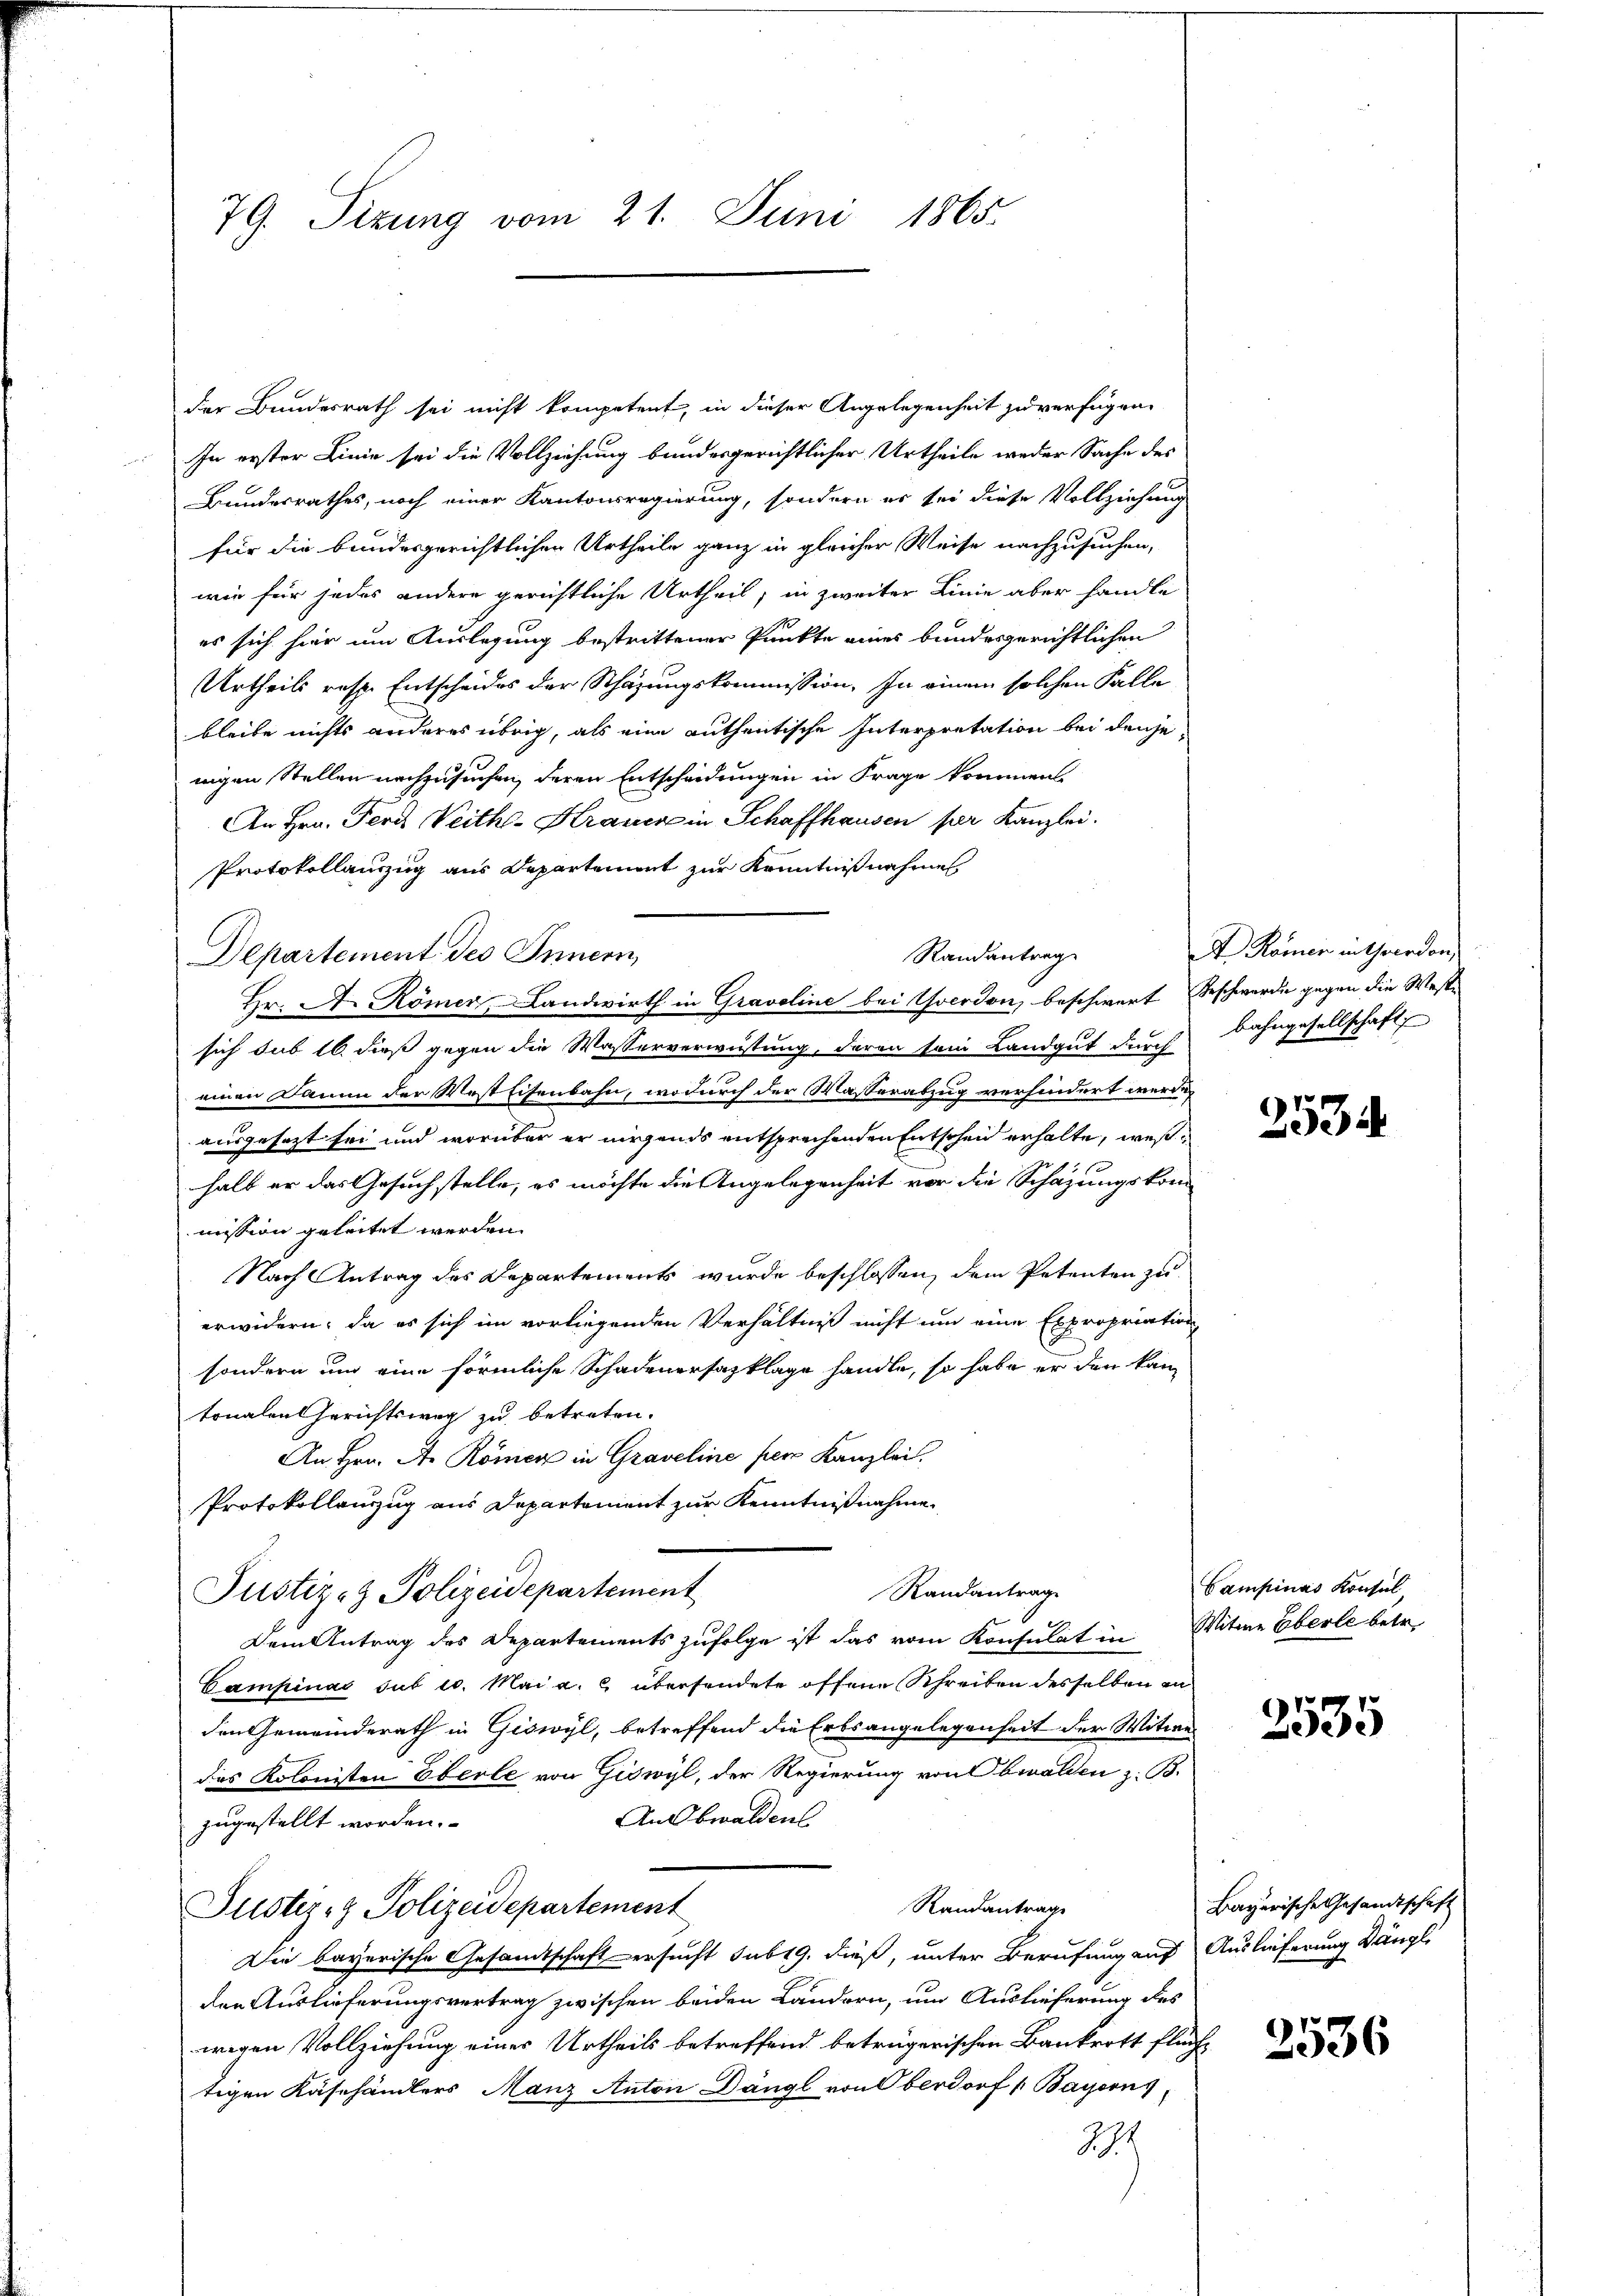
79. Sizung vom 21. Juni 1865.

der Bundesrath sei nicht kompetent, in dieser Angelegenheit zu verfügen,
In erster Linie sei die Vollziehung bundesgerichtlicher Urtheile weder Sache des
Bundesrathes, noch einer Kantonsregierung, sondern es sei diese Vollziehung
für die bundesgerichtlichen Urtheile ganz in gleicher Weise nachzusuchen,
wie für jedes andere gerichtliche Urtheil, in zweiter Linie aber handle
es sich hier um Auslegung bestrittener Punkte eines bundesgerichtlichen
Urtheils resp. Entscheides der Schazungskommission. In einem solchen Falle
bleibe nichts anderes übrig, als eine authentische Interpretation bei denjenigen Stellen nachzusuchen, deren Entscheidungen in Frage kommen.
An Hrn. Ferd Weith-Krauere in Schaffhausen per Kanzlei.
Protokollauszug aus Departement zur Kenntnißnahmen

Departement des Innern,

Randantrag
Hr. A. Römer Landwirth in Gravoline bei Yverdon, beschwert Beschwerde gegen die Wasse

sich sub 16. dieß gegen die Wasserverwüstung, deren sein Landgut durch Bahngesellschaft
einen Daum der West Eisenbahn, wodurch der Wasserabzug verhindert werde,
ausgesezt sei und worüber er nirgends entsprechenden Entscheid erhalte, weßhalb er das Gesuch stelle, es möchte die Angelegenheit vor die Schazungskom-
mission geleitet werden.
Nach Antrag des Departements wurde beschlossen, dem Petenten zu
erwidern, da es sich im vorliegenden Verhältniß nicht um eine Expropriation
sondern und eine förmliche Schadenersazklage handle, so habe er den kam
tonalen Gerichtsweg zu betreten.
An Hrn. A. Römer in Graveline per Kanzlei.
Protokollanzug aus Departement zur Kenntnißnahme.
Randantrag
Justiz- & Polizeidepartement
Dem Antrag des Departements zufolge ist das vom Konsulat in Witwe Eberle betr.
Campinas sub 10. Mai a. c. übersendete offene Schreiben desselben in
den Gemeinderath in Giswyl, betreffend die Erbsangelegenheit der Witwe
des Kolonisten Eberle von Giswyl, der Regierung von Obwalden z. B.
AnObwalden
zugestellt worden.
Randantrage
Justiz- & Polizeidepartement
Die bayerische Gesandtschaft ersucht sub 19. dieß, unter Berufung auf Auslieferung Dängli
der Auslieferungsvertrag zwischen beiden Landern, um Auslieferung des
wegen Vollziehung eines Urtheils betreffend betrügerischen Bankrott flüchtigen Käsehändlers Manz Anton Dängl von Oberdorf (Bayern
292

A Kamer in Theerdon,

2534

Campinas Konsul

2535

Bayerische Gesandtschaft

2536